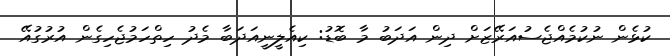
ކުޅެން ނުކުމެއްޖެސުއަރޭޒަށް ދިން އަދަބު މާ ބޮޑު: ކިއެލީނީއަދަބާ މެދު ހިތްހަމުޖެހިގެން އުރުގުއޭ